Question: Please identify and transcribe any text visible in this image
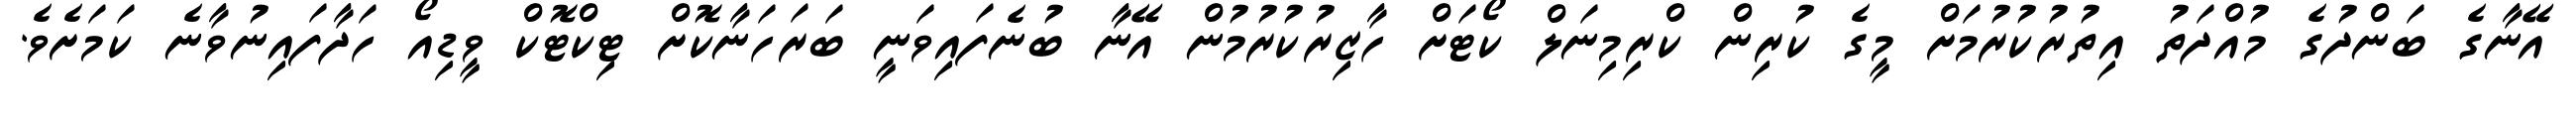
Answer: އޭނާގެ ބަންދުގެ މުއްދަތު އިތުރުކުރުމަށް މީގެ ކުރިން ކްރިމިނަލް ކޯޓަށް ހާޒިރުކުރުމުން އޭނާ ބުނެފައިވަނީ ބަރަހަނާކޮށް ޓިކްޓޮކް ވީޑިއޯ ހަދާފައިނުވާނެ ކަމަށެވެ.